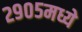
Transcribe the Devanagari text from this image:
२९०५मध्ये